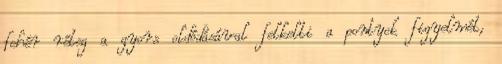
fehér réteg a gyors oldódásával felkelti a pontyok figyelmét,